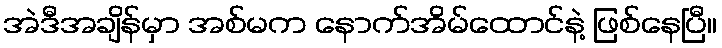
အဲဒီအချိန်မှာ အစ်မက နောက်အိမ်ထောင်နဲ့ ဖြစ်နေပြီ။